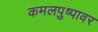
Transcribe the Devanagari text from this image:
कमलपुष्पावर